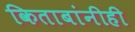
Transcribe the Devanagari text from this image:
किताबांनीही